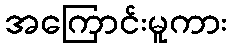
အကြောင်းမူကား